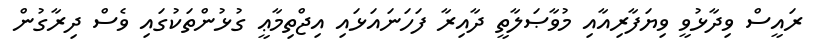
ރައީސް ވިދާޅުވީ ވިޔަފާރިއާއި މުވާޞަލާތީ ދާއިރާ ފަހަނައަޅައި އިޖްތިމާޢީ ގުޅުންތަކުގައި ވެސް ދިރާގުން